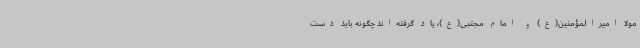
مولا امیرالمؤمنین(ع) و امام مجتبی(ع)، یاد گرفته‌اند چگونه باید دست